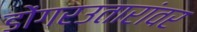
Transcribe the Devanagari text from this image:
डोंगरउतारांवर